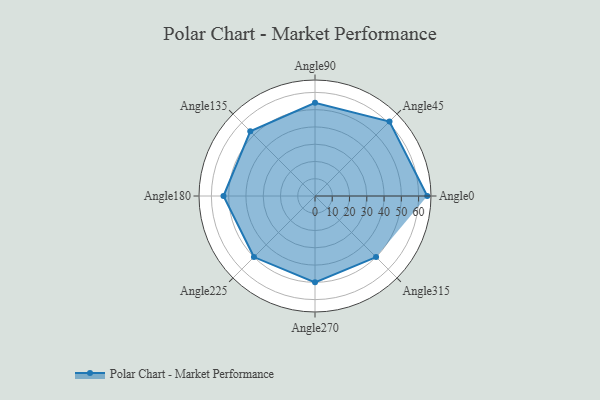
{"axis": {"x": "Angle", "y": "Radius"}, "legend": [""], "data": [{"x": "Angle0", "y": 65.0, "type": ""}, {"x": "Angle45", "y": 61.0, "type": ""}, {"x": "Angle90", "y": 54.0, "type": ""}, {"x": "Angle135", "y": 53.0, "type": ""}, {"x": "Angle180", "y": 53.0, "type": ""}, {"x": "Angle225", "y": 50, "type": ""}, {"x": "Angle270", "y": 50, "type": ""}, {"x": "Angle315", "y": 50, "type": ""}]}